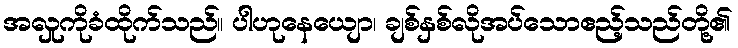
အလှုကိုခံထိုက်သည်။ ပါဟုနေယျော၊ ချစ်နှစ်လိုအပ်သောဧည့်သည်တို့၏